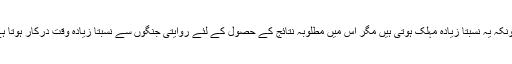
کیونکہ یہ نسبتاً زیادہ مہلک ہوتی ہیں مگر اس میں مطلوبہ نتائج کے حصول کے لئے روایتی جنگوں سے نسبتاً زیادہ وقت درکار ہوتا ہے۔